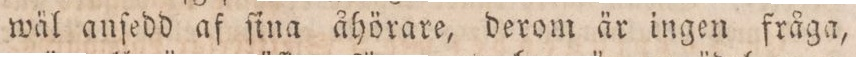
wäl anſedd af ſina åhörare, derom är ingen fråga,